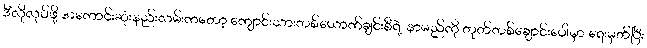
ဒီလိုလုပ်ဖို့ အကောင်းဆုံးနည်းလမ်းကတော့ ကျောင်းသားတစ်ယောက်ချင်းစီရဲ့ နာမည်ကို တုတ်တစ်ချောင်းပေါ်မှာ ရေးမှတ်ပြီး